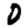
Digit: 0